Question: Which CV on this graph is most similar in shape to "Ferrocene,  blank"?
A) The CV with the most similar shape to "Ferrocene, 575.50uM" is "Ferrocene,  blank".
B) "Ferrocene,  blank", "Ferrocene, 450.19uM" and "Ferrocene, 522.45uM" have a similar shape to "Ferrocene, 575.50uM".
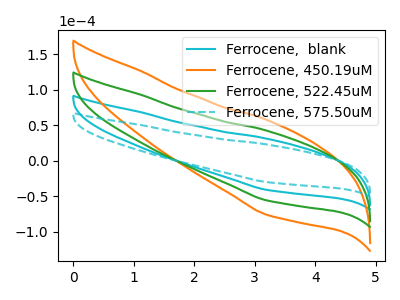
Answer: <think>The cyan curve "Ferrocene,  blank" has no peaks. The orange curve "Ferrocene, 450.19uM" has no peaks. The green curve "Ferrocene, 522.45uM" has no peaks. The cyan dashed curve "Ferrocene, 575.50uM" has no peaks.
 Neither "Ferrocene,  blank" or "Ferrocene, 450.19uM" have any peaks. Neither "Ferrocene,  blank" or "Ferrocene, 522.45uM" have any peaks. Neither "Ferrocene,  blank" or "Ferrocene, 575.50uM" have any peaks. Neither "Ferrocene, 450.19uM" or "Ferrocene, 522.45uM" have any peaks. Neither "Ferrocene, 450.19uM" or "Ferrocene, 575.50uM" have any peaks. Neither "Ferrocene, 522.45uM" or "Ferrocene, 575.50uM" have any peaks.</think>
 <answer>B) "Ferrocene,  blank", "Ferrocene, 450.19uM" and "Ferrocene, 522.45uM" have a similar shape to "Ferrocene, 575.50uM".</answer>
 <eval>B</eval>